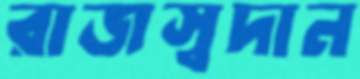
রাজস্বদান